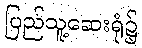
ပြည်သူ့ဆေးရုံ၌